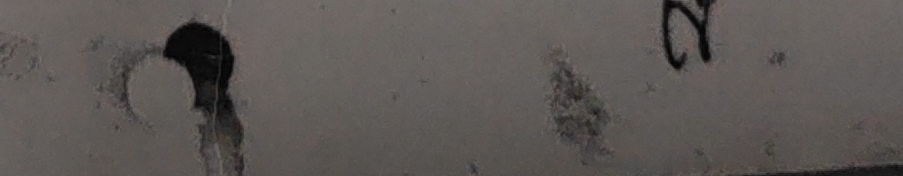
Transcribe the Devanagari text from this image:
२